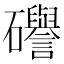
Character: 𥗻